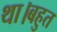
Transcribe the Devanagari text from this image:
था।बहुत